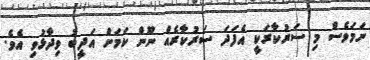
ނަމަވެސް މި ސަރުކާރަކީ އެފަދަ ސަރުކާރެއް ނޫން ކަމަށް އަދީބު ވިދާޅުވި އެވެ.